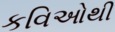
કવિઓથી